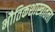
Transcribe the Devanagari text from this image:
भौतिकशास्त्रातला